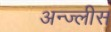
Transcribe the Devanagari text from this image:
अन्ज्लीस